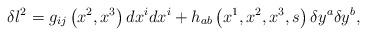
LaTeX: \begin{align*}\delta l^2=g_{ij}\left( x^2,x^3\right) dx^idx^i+h_{ab}\left(x^1,x^2,x^3,s\right) \delta y^a\delta y^b, \end{align*}